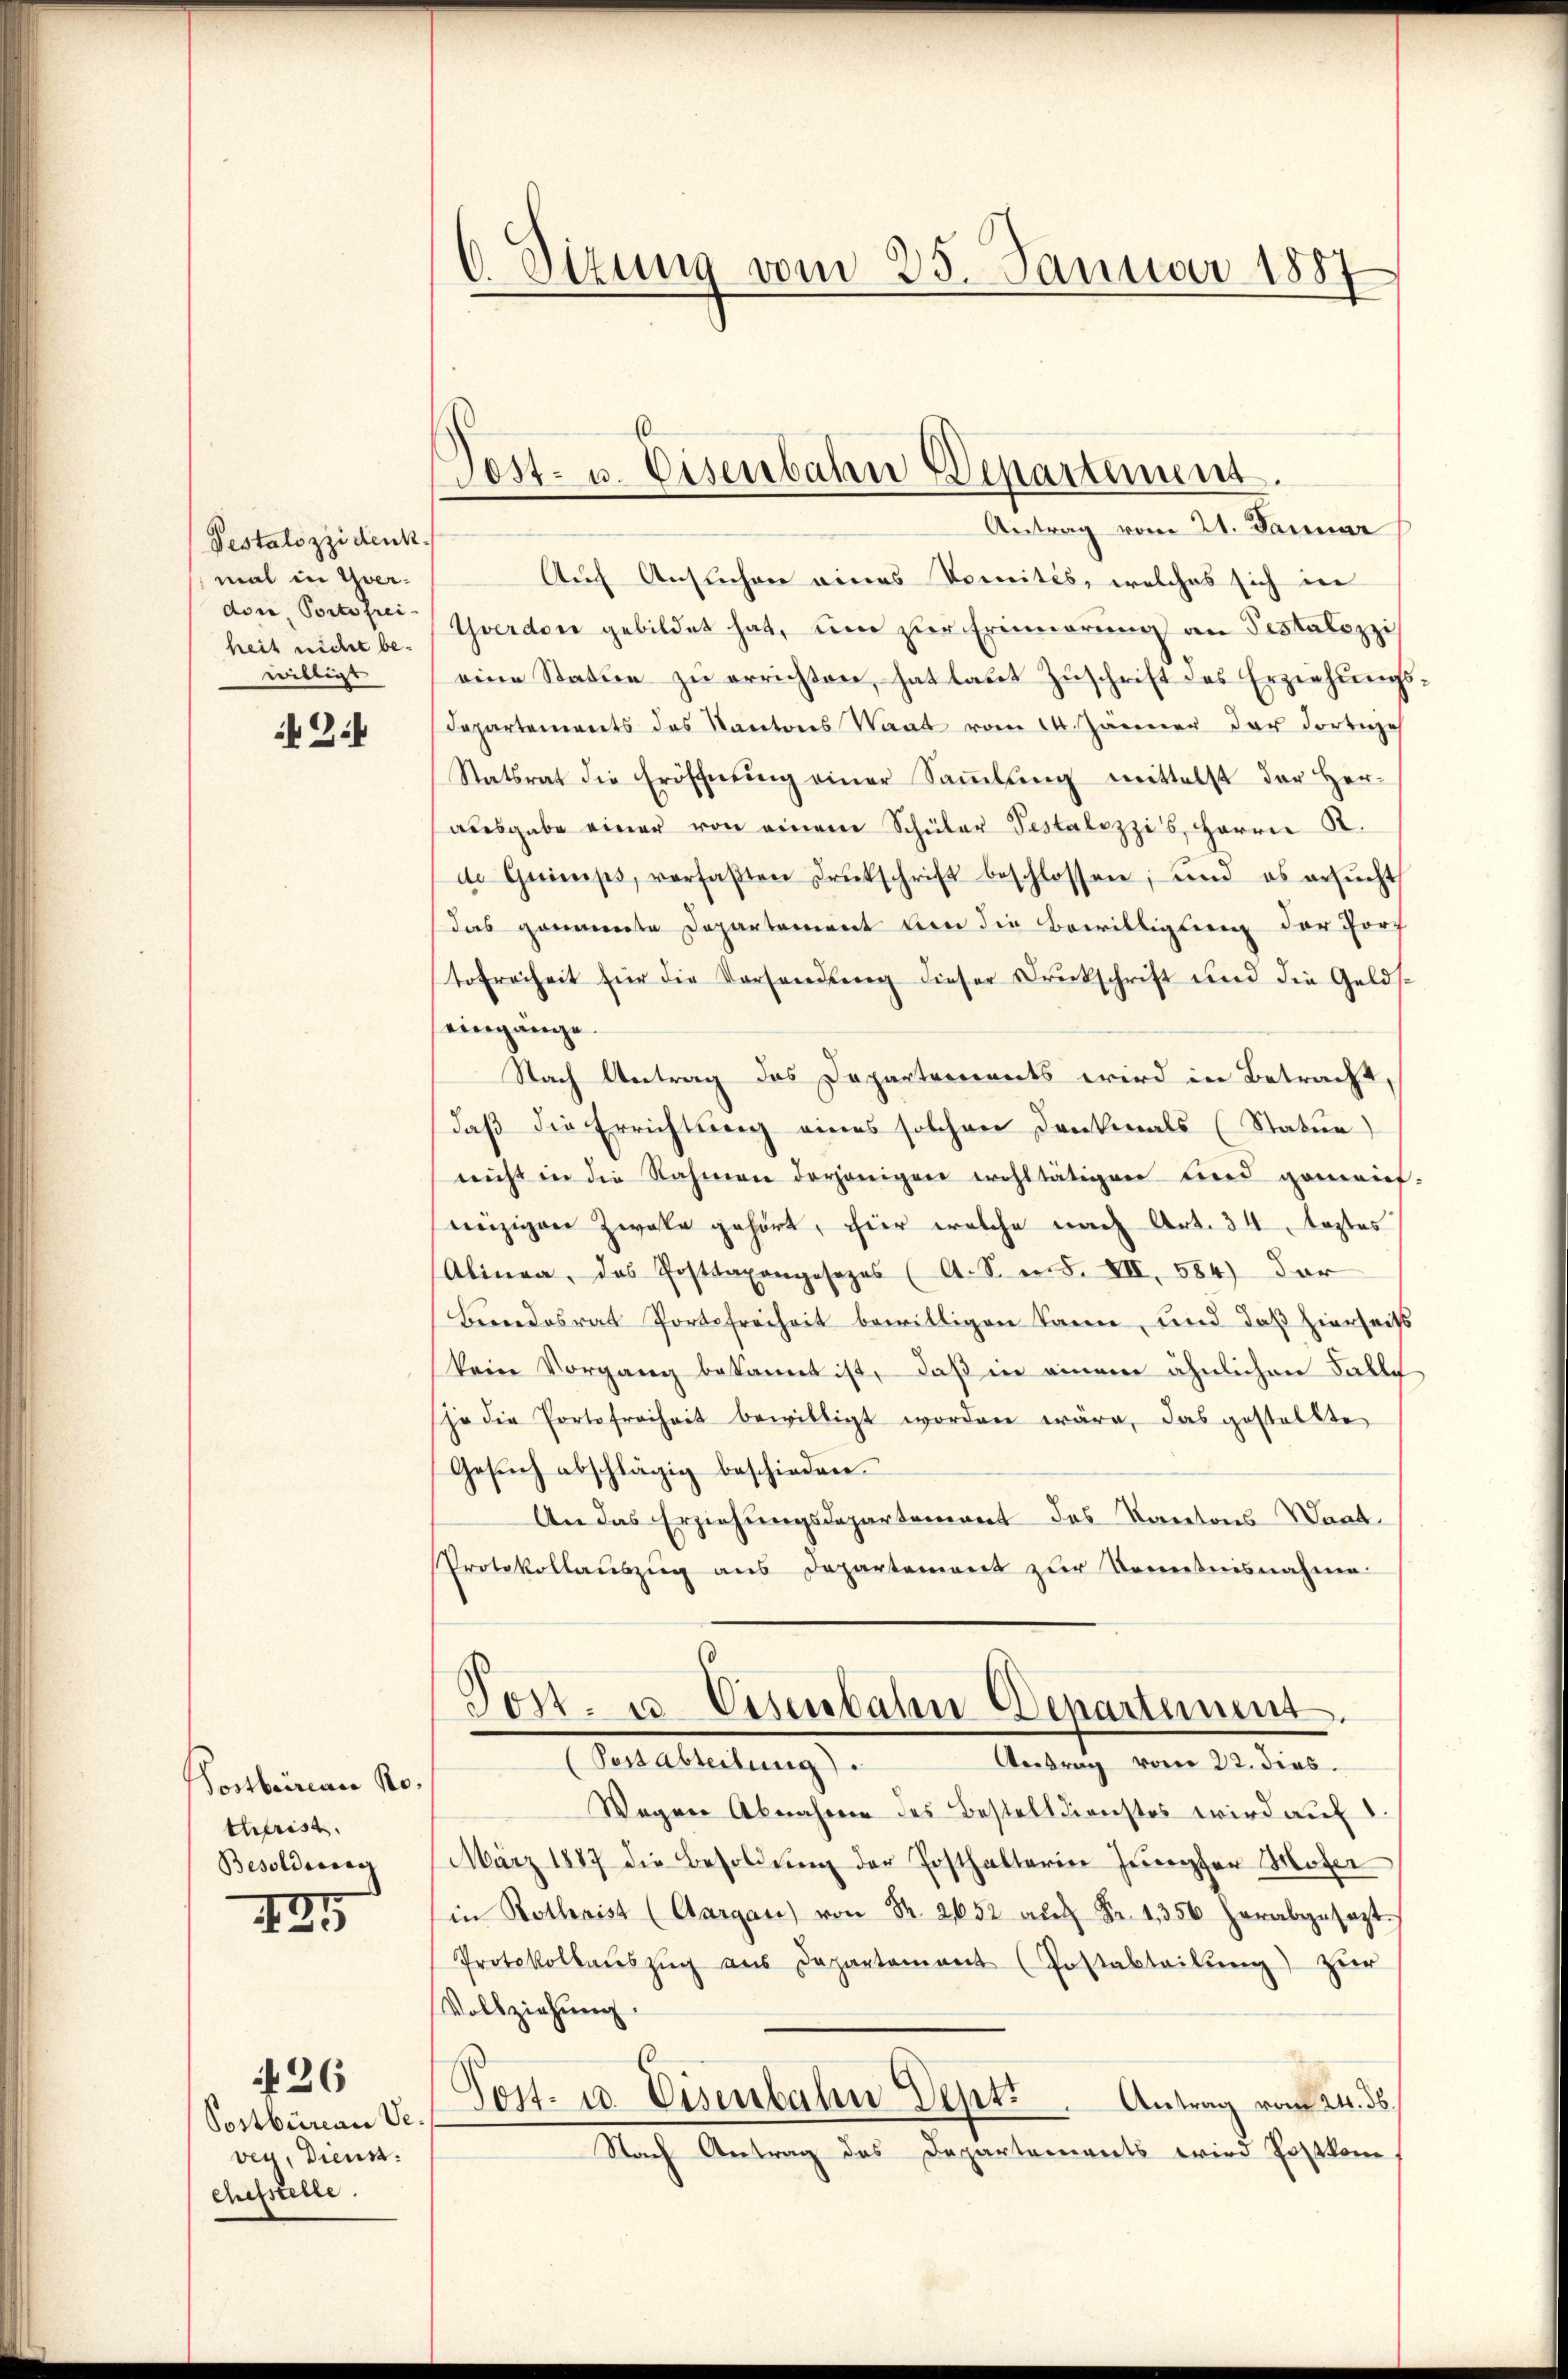
Pestalozzi denk
mal in Yverdor Portofrei
heit nicht bewilligt

Postbririan Rothrist
Besoldung
.

Postbureau Vever, Dienst
chefstelle.

26

6. Sizung vom 25. Januar 1887

Post- u. Eisenbahn Departement.

Antrag vom 21. Januar
Auch Ansuchen eines Domités, welches sich in
Yverdon gebildet hat, um zur Erinnerung an Testalozzi
eine Statue zŭ errichten, hat laut Zŭschrift des Erziehungs¬
Departements des Kantons Staat vom 14. Jänner der dortige
Statsrat die Eröffnŭng einer Saṁlŭng mittelst der Her-
ausgabe einer von einem Schüler Testalozzis, Herrn R.
de Quinips, verfaβten Druckschrift beschlossen, und es ersŭcht
das genannte Departement von die Bewilligten der Torf
tofreiheit für die Verhandlung dieser Druckschrift und die Gelds-
eingänge.
Nach Antrag des Departements wird in Betracht,
daβ die Errichtung eines solchen Denkmals (Statur)
nicht in die Nahmen derjenigen wohltätigen lied gemeint.
eizigen Zwake gehört, hier welche nach Art. 34 Arztes
Alinea, das Posttaxangesezes (A. S. in S. VII, 584) Dar
Beendesrat Portheit bewilligen kann, und daß hierheits
kein Vorgang bekannt ist, daß in einem ähnlichen Falle
ja die Portofreiheit bewilligt worden wäre, das gestellte
Gesŭch abschlägig beschieden.
An das Erziehungsdepartement des Kantons-Waad
Protokollauszug aus Departement zur Kenntnisnahme
Post- u. Eisenbahn Denartement.
(Passableitung
Antrag vom 22. dies
Wogen Abnahmen des Bestelldienstes wird auf 1.
März 1887 die Besoldŭng der Posthalterin Jeopfer Mater
in Rothrist (Aargau) von S. 2652 aŭf Fr. 1356 herabgesezt.
Protokollaŭszŭg aŭs Departement (Postabteilŭng zur
Vollziehung.
E
Post- u. Eisenbahn Dept: Antrag vom 24. ds
Nach Antrag des Departements wird Postkom